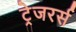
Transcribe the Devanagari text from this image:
ट्रेजरर्स